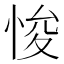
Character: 悛